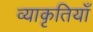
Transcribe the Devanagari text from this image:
व्याकृतियाँ